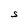
Character: S